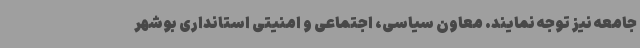
جامعه نیز توجه نمایند. معاون سیاسی، اجتماعی و امنیتی استانداری بوشهر